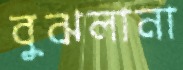
বুঝলানা